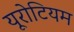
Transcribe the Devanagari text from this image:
यूरोटियम